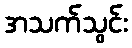
အသက်သွင်း